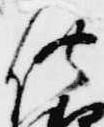
供